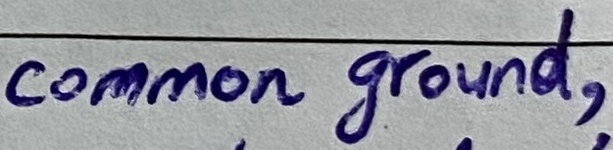
Text: common ground,